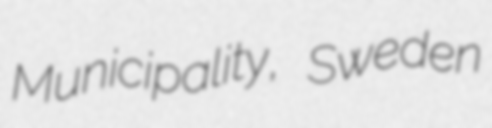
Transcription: Municipality, Sweden